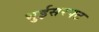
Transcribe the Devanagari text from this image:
भुईसरपट